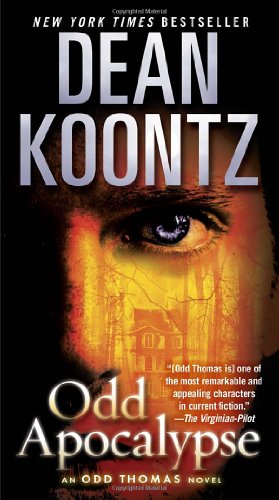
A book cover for Odd Apocalypse: An Odd Thomas Novel; Dean Koontz; Mystery, Thriller & Suspense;